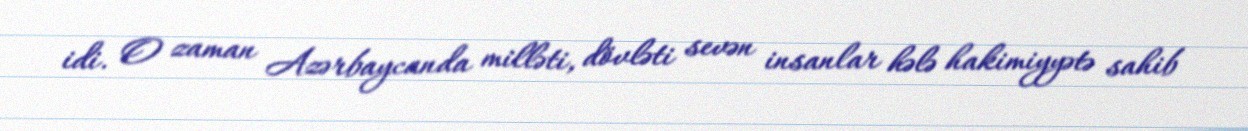
idi. O zaman Azərbaycanda milləti, dövləti sevən insanlar hələ hakimiyyətə sahib